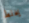
يخلط